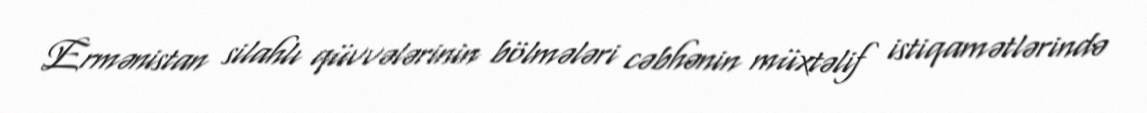
Ermənistan silahlı qüvvələrinin bölmələri cəbhənin müxtəlif istiqamətlərində